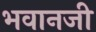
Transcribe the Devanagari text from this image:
भवानजी